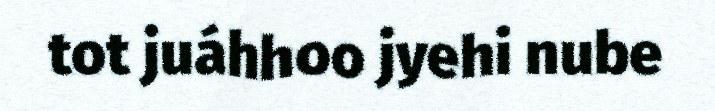
tot juáhhoo jyehi nube